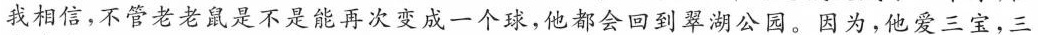
我相信，不管老老鼠是不是能再次变成一个球，他都会回到翠湖公园。因为，他爱三宝，三